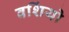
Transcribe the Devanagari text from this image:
वशिंयो